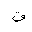
Letter: _qaf